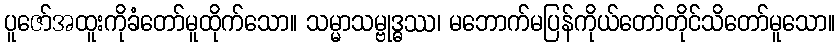
ပူဇော်အထူးကိုခံတော်မူထိုက်သော။ သမ္မာသမ္ဗုဒ္ဓဿ၊ မဘောက်မပြန်ကိုယ်တော်တိုင်သိတော်မူသော။